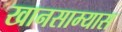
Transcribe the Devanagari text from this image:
खानसाम्यास